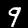
Label: 9